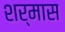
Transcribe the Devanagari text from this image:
शर्मास